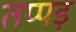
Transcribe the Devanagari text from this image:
तप्पड़